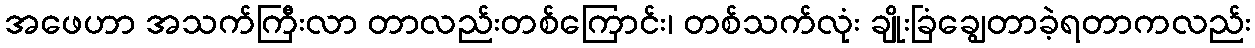
အဖေဟာ အသက်ကြီးလာ တာလည်းတစ်ကြောင်း၊ တစ်သက်လုံး ချိုးခြံချွေတာခဲ့ရတာကလည်း